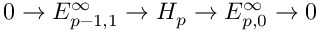
0 \to E _ { p - 1 , 1 } ^ { \infty } \to H _ { p } \to E _ { p , 0 } ^ { \infty } \to 0